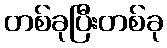
တစ်ခုပြီးတစ်ခု